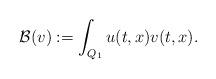
LaTeX: \begin{align*}\mathcal{B}(v): = \int_{Q_1}u(t,x)v(t,x).\end{align*}